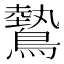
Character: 𬷮